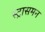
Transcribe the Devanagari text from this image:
स्ट्रासमन